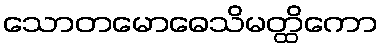
သောတမောဓေသိမတ္ထိကော